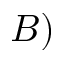
B )